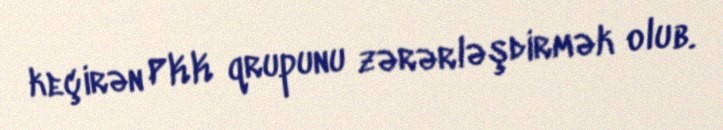
keçirən PKK qrupunu zərərləşdirmək olub.